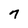
Character: 7